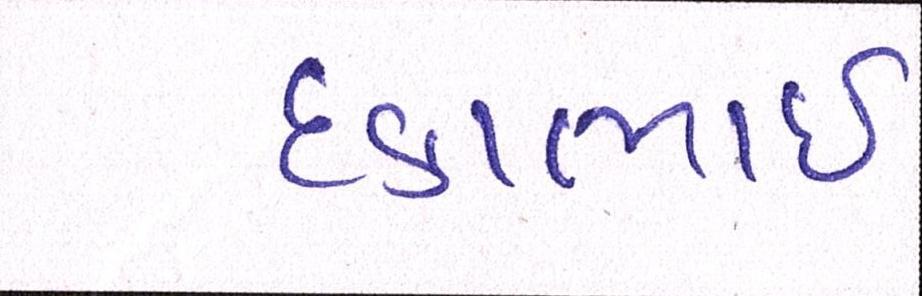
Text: દકાભાઈ